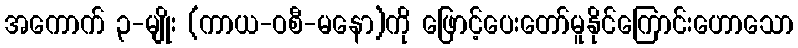
အကောက် ၃-မျိုး (ကာယ-ဝစီ-မနော)ကို ဖြောင့်ပေးတော်မူနိုင်ကြောင်းဟောသော